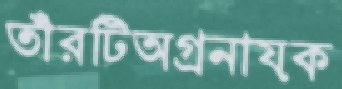
তাঁরটিঅগ্রনায়ক